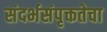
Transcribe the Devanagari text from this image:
संदर्भसंपृक्ततेचा